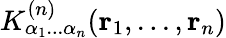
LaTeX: K_{\alpha_{1}...\alpha_{n}}^{(n)}(\mathbf{r}_{1},...,\mathbf{r}_{n})